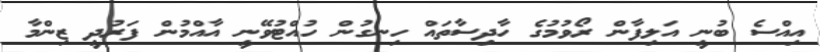
އިއްސެ ބުނީ އަލިފާން ރޯވުމުގެ ހާދިސާތައް ހިނގުން ހުއްޓުވޭނީ އާއްމުން ފަރުދީ ޒިންމާ